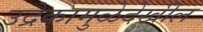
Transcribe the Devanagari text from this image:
उद्रेकामुळेदेखील